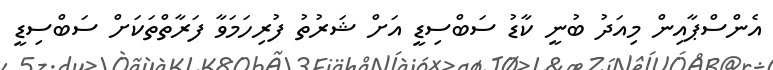
އެންސްޕާއިން މިއަދު ބުނީ ކާޑު ސަބްސިޑީ އަށް ޝަރުތު ފުރިހަމަވާ ފަރާތްތަކަށް ސަބްސިޑީ